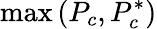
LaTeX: \operatorname*{max}\left(P_{c},P_{c}^{*}\right)